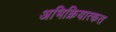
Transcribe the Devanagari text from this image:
अभिक्रियात्कत